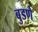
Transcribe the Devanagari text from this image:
बुडणे